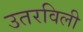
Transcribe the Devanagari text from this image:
उतरविली